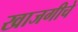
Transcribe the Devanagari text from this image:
खाजगीचे